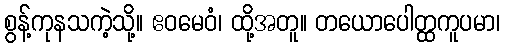
စွန့်ကုနသကဲ့သို့။ ဧဝမေဝံ၊ ထို့အတူ။ တယောပေါတ္ထကူပမာ၊